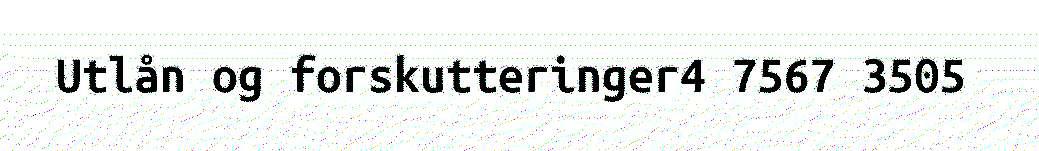
Utlån og forskutteringer4 7567 3505